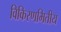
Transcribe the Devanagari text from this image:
विकिरणमितीय